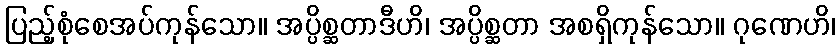
ပြည့်စုံစေအပ်ကုန်သော။ အပ္ပိစ္ဆတာဒီဟိ၊ အပ္ပိစ္ဆတာ အစရှိကုန်သော။ ဂုဏေဟိ၊